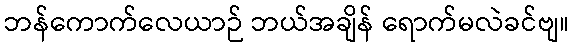
ဘန်ကောက်လေယာဉ် ဘယ်အချိန် ရောက်မလဲခင်ဗျ။